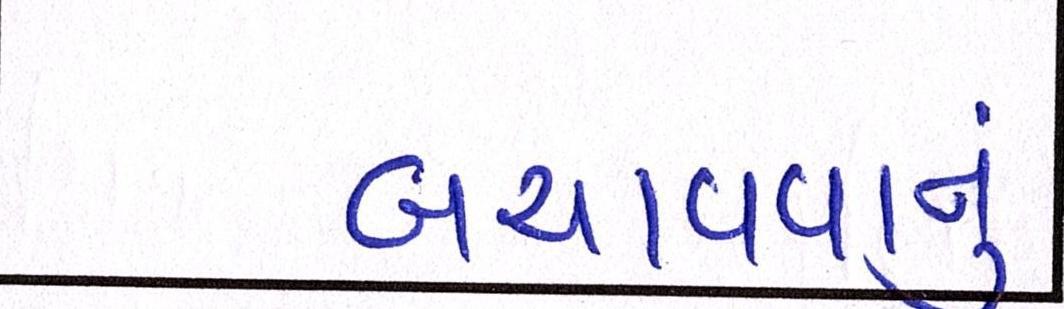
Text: બચાવવાનું